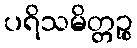
ပရိသမိတ္တဉ္စ